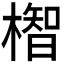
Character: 𪳲